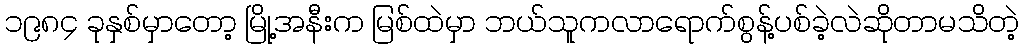
၁၉၈၄ ခုနှစ်မှာတော့ မြို့အနီးက မြစ်ထဲမှာ ဘယ်သူကလာရောက်စွန့်ပစ်ခဲ့လဲဆိုတာမသိတဲ့